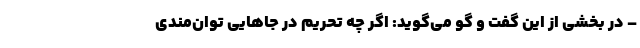
– در بخشی از این گفت و گو می‌گوید: اگر چه تحریم در جاهایی توان‌مندی